Sanitation, dispensaries and jails vaccination Rajputana 1922-1927 - 1922-1927
Year: 1922
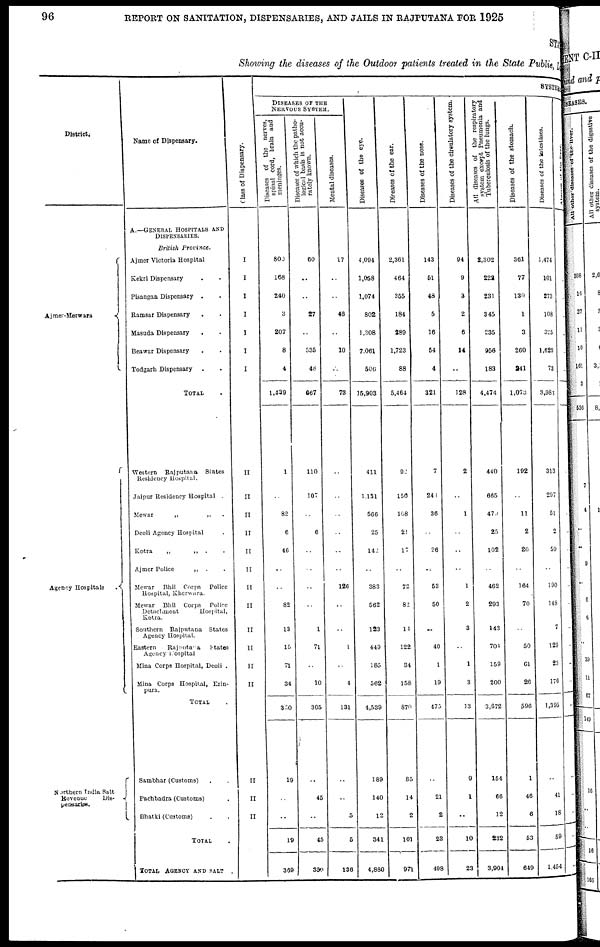
96
REPORT ON SANITATION, DISPENSARIES, AND JAILS IN RAJPUTANA FOR 1925
STATE
Showing the diseases of the Outdoor patients treated in the State Public Local
District.
Ajmer-Merwara
Agency Hospitals
Northern India Salt
Revenue
Dis-
pensaries.
Name of Dispensary.
A.—GENERAL HOSPITALS AND
DISPENSARIES.
British
Province.
Ajmer Victoria Hospital
Kekri Dispensary ..
Pisangan Dispensary ..
Ramsar Dispensary ..
Masuda Dispensary ..
Beawar Dispensary
Todgarh Dispensary ..
TOTAL .
Western
Rajputana
States
Residency Hospital.
Jaipur Residency Hospital .
Mewar
„
„ .
Deoli Agency Hospital .
Kotra
„
„ .
.
Ajmcr Police
„
. .
Mewar
Bhil
Corps
Police
Hospital, Kherwara.
Mewar
Bhil
Corps
Police
Detachment
Hospital,
Kotra.
Southern Rajputana
States
Agency Hospital.
Eastern
Rajputana
States
Agency Hospital
Mina Corps Hospital, Deoli .
Mina Corps Hospital, Erin-
pura.
TOTAL .
Sambhar (Customs) ..
Pachbadra (Customs) .
Bhatki (Customs) ..
TOTAL .
TOTAL AGENCY AND SALT .
Class of Dispensary.
I
I
I
I
I
I
I
II
II
II
II
II
II
II
II
II
II
II
II
II
II
II
SYSTEMIC
DISEASES OF THE
NERVOUS SYSTEM.
Diseases of the nerves,
spinal cord, brain and
meninges.
800
168
240
3
207
8
4
1,439
1
..
82
6
46
..
..
82
13
15
71
34
350
19
..
..
19
369
Diseases of which the patho-
logical basis is not accu-
rately known.
60
..
..
27
..
535
48
667
110
107
..
6
..
..
..
..
1
71
..
10
305
..
45
..
45
350
Mental diseases.
17
..
..
46
..
10
..
73
..
..
..
..
..
..
126
..
..
1
..
4
131
..
..
5
5
136
Diseases of the eye.
4,094
1,058
1,074
802
1,308
7,061
506
15,903
411
1,131
566
25
142
..
383
562
123
449
185
562
4,539
189
140
12
341
4,880
Diseases of the ear.
2,361
464
355
184
289
1,723
88
5,464
92
150
108
21
17
..
72
82
14
122
34
158
870
85
14
2
101
971
Diseases of the nose.
143
51
48
5
16
54
4
321
7
243
36
..
26
..
53
50
..
40
1
19
475
..
21
2
23
498
Diseases of the cireculatory system.
94
9
3
2
6
14
..
128
2
..
1
..
..
..
1
2
3
..
1
3
13
9
1
..
10
23
All diseases of the respiratory
system except Pneumonia and
Tuberculosis of the lungs.
2,302
222
231
345
235
956
183
4,474
440
665
479
25
102
..
462
293
143
704
159
200
3,672
154
66
12
232
3,904
Diseases of the stomach.
361
77
130
1
3
260
241
1,073
192
..
11
2
20
..
164
70
..
50
61
26
596
1
46
6
53
649
Diseases of the intestines.
1,474
101
273
108
325
1,629
73
3,983
313
297
51
2
59
..
190
148
7
129
23
170
1,395
..
41
18
59
1,454
Abscess
of
the
liver.
..
..
..
..
..
..
..
..
..
..
..
..
..
..
..
..
..
..
..
..
..
..
..
..
..
..